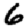
Digit: 6